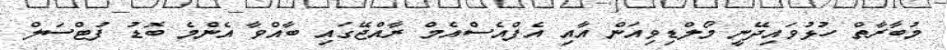
މުބާރާތް ހުޅުވައިދޭނީ މޯލްޑިވިއަން އާއި އެފްއެސްއެމް ރާއްޖޭގައި ބާއްވާ އެންމެ ބޮޑު ފުޓްސަލް